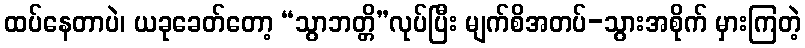
ထပ်နေတာပဲ၊ ယခုခေတ်တော့ “သွာဘတ္တိ”လုပ်ပြီး မျက်စိအတပ်-သွားအစိုက် မှားကြတဲ့